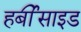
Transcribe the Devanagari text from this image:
हर्बीसाइड